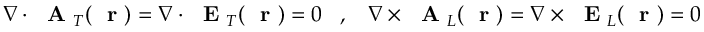
\nabla \cdot \mathrm { ~ \bf ~ A ~ } _ { T } ( \mathrm { ~ \bf ~ r ~ } ) = \nabla \cdot \mathrm { ~ \bf ~ E ~ } _ { T } ( \mathrm { ~ \bf ~ r ~ } ) = 0 \; \; \; , \; \; \; \nabla \times \mathrm { ~ \bf ~ A ~ } _ { L } ( \mathrm { ~ \bf ~ r ~ } ) = \nabla \times \mathrm { ~ \bf ~ E ~ } _ { L } ( \mathrm { ~ \bf ~ r ~ } ) = 0